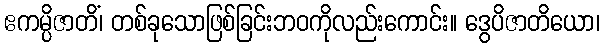
ဧကမ္ပိဇာတိံ၊ တစ်ခုသောဖြစ်ခြင်းဘဝကိုလည်းကောင်း။ ဒွေပိဇာတိယော၊